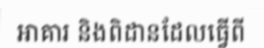
អាគារ និងពិដានដែលធ្វើពី